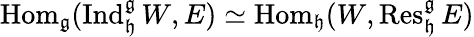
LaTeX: \operatorname{Hom}_{\mathfrak{g}}(\operatorname{Ind}_{\mathfrak{h}}^{\mathfrak{g}}W,E)\simeq\operatorname{Hom}_{\mathfrak{h}}(W,\operatorname{Res}_{\mathfrak{h}}^{\mathfrak{g}}E)